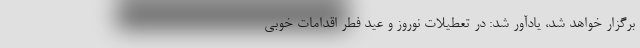
برگزار خواهد شد، یادآور شد: در تعطیلات نوروز و عید فطر اقدامات خوبی